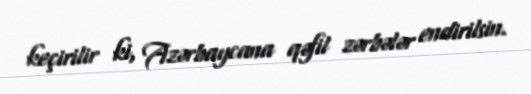
keçirilir ki, Azərbaycana qəfil zərbələr endirilsin.